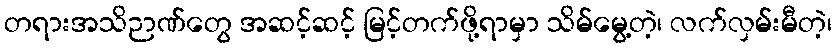
တရားအသိဉာဏ်တွေ အဆင့်ဆင့် မြင့်တက်ဖို့ရာမှာ သိမ်မွေ့တဲ့၊ လက်လှမ်းမီတဲ့၊